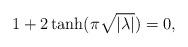
LaTeX: \begin{align*}1 + 2 \tanh(\pi \sqrt{|\lambda|}) = 0,\end{align*}